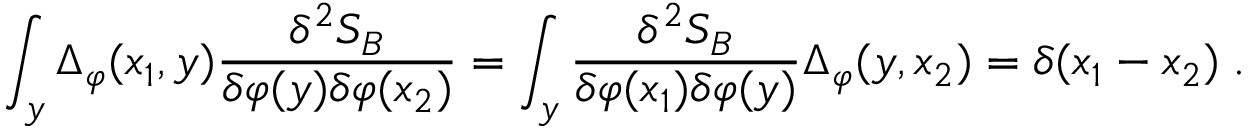
\int _ { y } \Delta _ { \varphi } ( x _ { 1 } , y ) \frac { \delta ^ { 2 } S _ { B } } { \delta \varphi ( y ) \delta \varphi ( x _ { 2 } ) } = \int _ { y } \frac { \delta ^ { 2 } S _ { B } } { \delta \varphi ( x _ { 1 } ) \delta \varphi ( y ) } \Delta _ { \varphi } ( y , x _ { 2 } ) = \delta ( x _ { 1 } - x _ { 2 } ) \; .